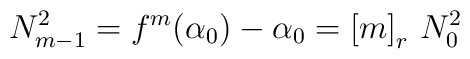
N_{m-1}^2 = f^m(\alpha_0)-\alpha_0 = \left[ m \right]_r \, N_{0}^2